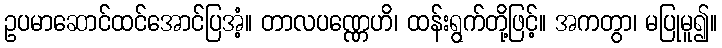
ဥပမာဆောင်ထင်အောင်ပြအံ့။ တာလပဏ္ဏေဟိ၊ ထန်းရွက်တို့ဖြင့်။ အကတွာ၊ မပြုမူ၍။